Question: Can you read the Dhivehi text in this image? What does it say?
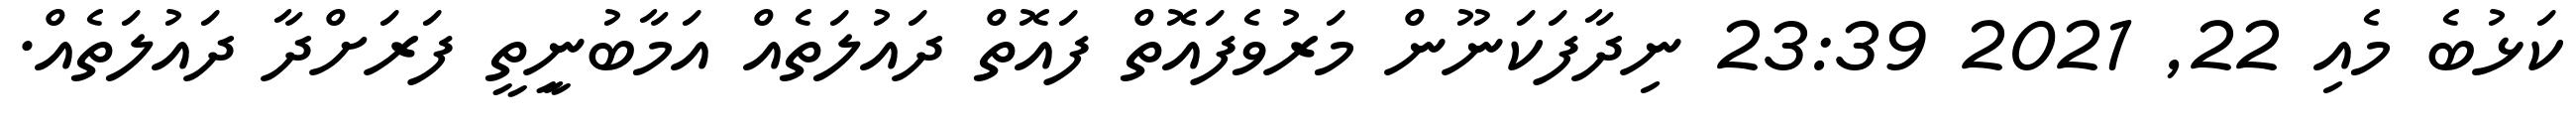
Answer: ކަޅުބެ މެއި 22, 2021 23:39 ނިދާފަކަނޫން މަރުވެފައޮތް ފައޮތް ދައުލަތެއް އަމާބުނީިތީ ފަރަށްދާ ދައުލަތެއް.